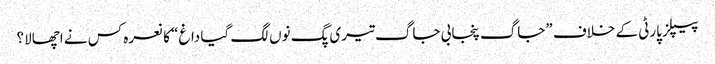
پیپلز پارٹی کے خلاف ”جاگ پنجابی جاگ تیری پگ نوں لگ گیا داغ“ کا نعرہ کس نے اچھالا؟